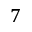
7